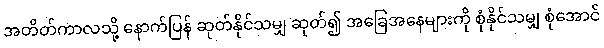
အတိတ်ကာလသို့ နောက်ပြန် ဆုတ်နိုင်သမျှ ဆုတ်၍ အခြေအနေများကို စုံနိုင်သမျှ စုံအောင်